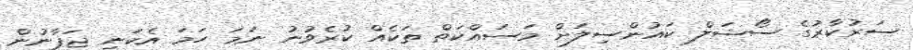
ސަރުކާރުގެ ސޯޝަލް ކައުންސިލަށް މަސައްކަތް ތަކެއް ކުރެވުނު ނަމަ ހަމަ އެކަނި ޖަޕާނުން